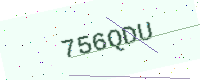
Text: 756QDU